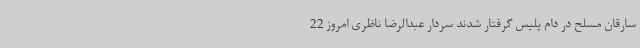
سارقان مسلح در دام پلیس گرفتار شدند سردار عبدالرضا ناظری امروز 22